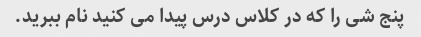
پنج شی را که در کلاس درس پیدا می کنید نام ببرید.